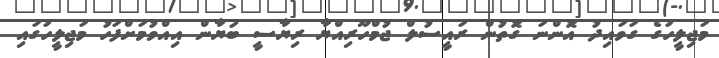
މަޖިލީހުގެ ގަވައިދު އޮންނަ ގޮތުން ރައީސުލް ޖުމްހޫރިއްޔާ ރިޔާސީ ބަޔާން އިއްވުމަށްފަހު މަޖިލީހުގައި